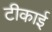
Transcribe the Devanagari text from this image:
टीकाई